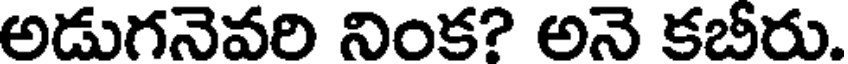
అడుగనెవరి నింక? అనె కబీరు.